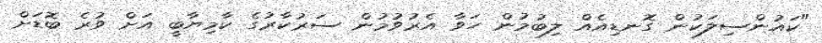
"ކައުންސިލަކުން ގޮނޑިއެއް ލިބުމުން ހަވާ އެރުވުމުން ސަރުކާރުގެ ކާމިޔާބީ އަށް ވުރެ ބޮޑަށް